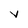
Character: V